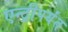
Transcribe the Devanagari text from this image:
एन्ट्रीपर्यंत